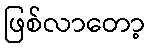
ဖြစ်လာတော့